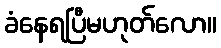
ခံနေရပြီမဟုတ်လော။